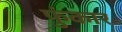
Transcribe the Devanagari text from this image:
फुंकार